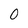
Character: O